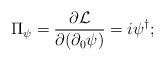
LaTeX: \begin{align*}\Pi_\psi =\frac{\partial {\cal{L}}}{\partial(\partial_0 \psi)} = i\psi^{\dagger};\end{align*}